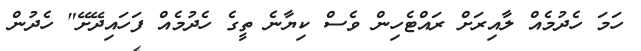
ހަމަ ހެދުމެއް ލާއިރަށް ރައްޓެހިން ވެސް ކިޔާނެ ތީގެ ހެދުމެއް ފަހައިދޭށޭ" ހެދުން